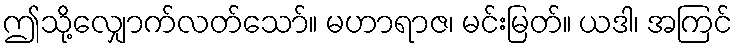
ဤသို့လျှောက်လတ်သော်။ မဟာရာဇ၊ မင်းမြတ်။ ယဒါ၊ အကြင်